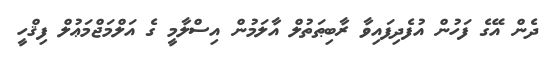
ދެން އޭގެ ފަހުން އުފެދިފައިވާ ރާބިޠަތުލް އާލަމުން އިސްލާމީ ގެ އަލްމަޖްމަޢުލް ފިޤްހީ